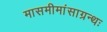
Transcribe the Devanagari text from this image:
मासमीमांसाग्रन्थः